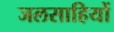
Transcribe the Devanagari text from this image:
जलसाहियों